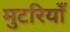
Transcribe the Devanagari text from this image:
मुटरियाँ